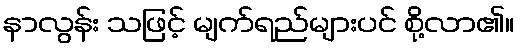
နာလွန်း သဖြင့် မျက်ရည်များပင် စို့လာ၏။